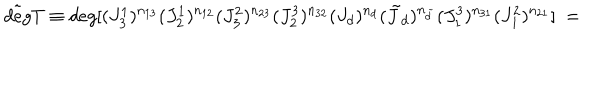
LaTeX: \tilde { d e g } T \equiv d e g [ ( J _ { 3 } ^ { 1 } ) ^ { n _ { 1 3 } } ( J _ { 2 } ^ { 1 } ) ^ { n _ { 1 2 } } ( J _ { 3 } ^ { 2 } ) ^ { n _ { 2 3 } } ( J _ { 2 } ^ { 3 } ) ^ { n _ { 3 2 } } ( J _ { d } ) ^ { n _ { d } } ( { \tilde { J } } _ { d } ) ^ { n _ { \tilde { d } } } ( J _ { 1 } ^ { 3 } ) ^ { n _ { 3 1 } } ( J _ { 1 } ^ { 2 } ) ^ { n _ { 2 1 } } ] \ =